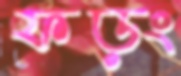
ফড়ং